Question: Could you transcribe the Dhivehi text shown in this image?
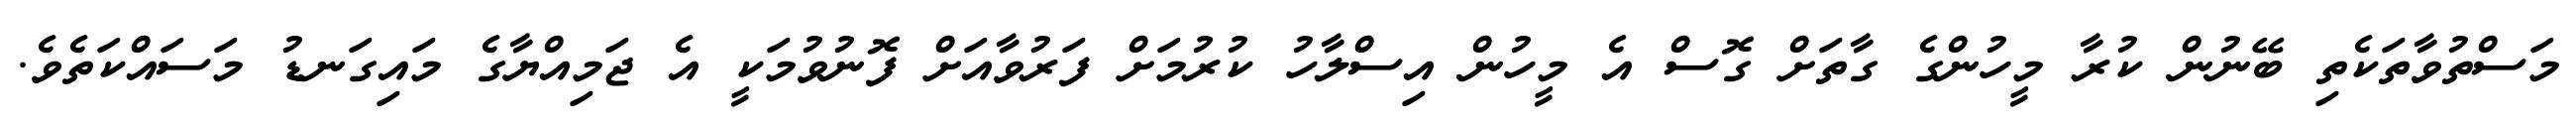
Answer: މަސްތުވާތަކެތި ބޭނުން ކުރާ މީހުންގެ ގާތަށް ގޮސް އެ މީހުން އިސްލާހު ކުރުމަށް ފަރުވާއަށް ފޮނުވުމަކީ އެ ޖަމިއްޔާގެ މައިގަނޑު މަސައްކަތެވެ.